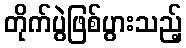
တိုက်ပွဲဖြစ်ပွားသည့်